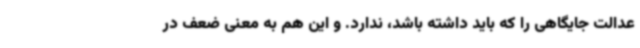
عدالت جایگاهی را که باید داشته باشد، ندارد. و این هم به معنی ضعف در